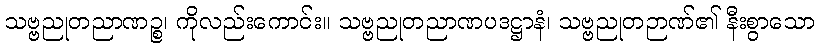
သဗ္ဗညုတညာဏဉ္စ၊ ကိုလည်းကောင်း။ သဗ္ဗညုတညာဏပဒဋ္ဌာနံ၊ သဗ္ဗညုတဉာဏ်၏ နီးစွာသော